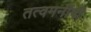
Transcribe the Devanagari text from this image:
तत्वमनीषी